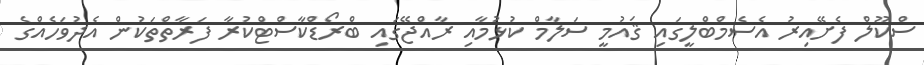
ސްކޫލް ފެށޭއިރު އެސެމްބްލީގައި ޤައުމީ ސަލާމް ކުޅުމާއި ރާއްޖޭގައި ބްރޯޑްކާސްޓްކުރާ ފަރާތްތަކުން އެދުވަހެއްގެ